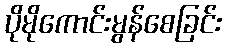
ပိုမိုကောင်းမွန်စေခြင်း